Vaccination Hyderabad 1872-1889 - 1872-1889
Year: 1872
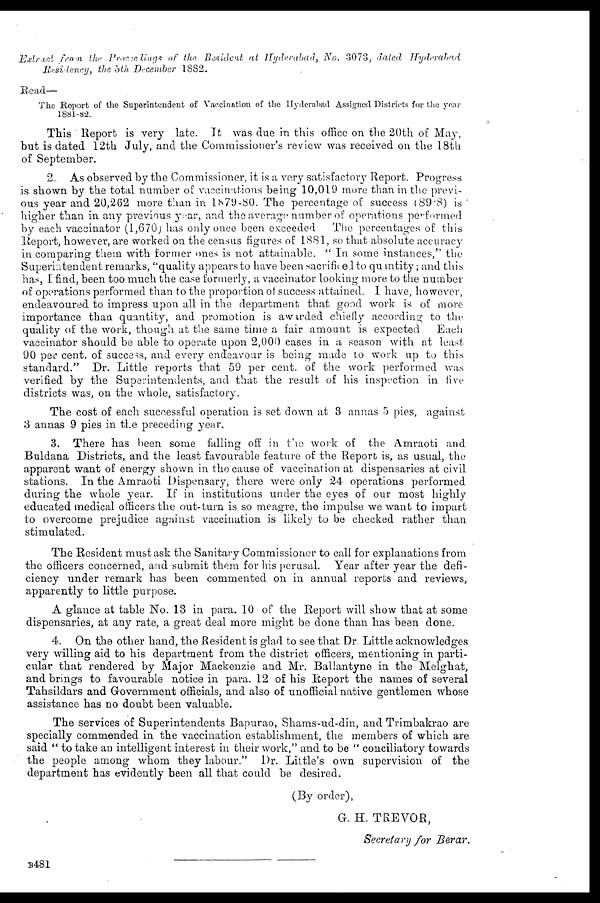
Exract
from the Proccedings of the Resident at Hyderabad,
No. 3073, dated
Hyderabad
Residency,
the 5th December 1882.
Read—
The Report of the Superintendent of Vaccination of the Hyderabad Assigned Districts for the year
1881-82.
This Report is very late. It was due in this office on the 20th of May,
but is dated 12th July, and the Commissioner's review was received on the 18th
of September.
2. As observed by the Commissioner, it is a very satisfactory Report. Progress
is shown by the total number of vaccinations being 10,019 more than in the previ-
ous year and 20,262 more than in 1879-80. The percentage of success (89.8) is
higher than in any previous year, and the average number of operations performed
by each vaccinator (1,670 )has only once been exceeded. The percentages of this
Report, however, are worked on the census figures of 1881, so that absolute accuracy
in comparing them with former ones is not attainable. " In some instances," the
Superintendent remarks, "quality appears to have been sacrificed to quantity; and this
has, I find, been too much the case formerly, a vaccinator looking more to the number
of operations performed than to the proportion of success attained. I have, however,
endeavoured to impress upon all in the department that good work is of more
importance than quantity, and promotion is awarded chiefly according to the
quality of the work, though at the same time a fair amount is expected
Each
vaccinator should be able to operate upon 2,000 cases in a season with at least
90 per cent. of success, and every endeavour is being made to work up to this
standard." Dr. Little reports that 59 per cent. of the work performed was
verified by the Superintendents, and that the result of his inspection in five
districts was, on the whole, satisfactory.
The cost of each successful operation is set down at 3 annas 5 pies, against
3 annas 9 pies in the preceding year.
3. There has been some falling off in the work of the Amraoti and
Buldana Districts, and the least favourable feature of the Report is, as usual, the
apparent want of energy shown in the cause of vaccination at dispensaries at civil
stations. In the Amraoti Dispensary, there were only 24 operations performed
during the whole year. If in institutions under the eyes of our most highly
educated medical officers the out-turn is so meagre, the impulse we want to impart
to overcome prejudice against vaccination is likely to be checked rather than
stimulated.
The Resident must ask the Sanitary Commissioner to call for explanations from
the officers concerned, and submit them for his perusal. Year after year the defi-
ciency under remark has been commented on in annual reports and reviews,
apparently to little purpose.
A glance at table No. 13 in para. 10 of the Report will show that at some
dispensaries, at any rate, a great deal more might be done than has been done.
4. On the other hand, the Resident is glad to see that Dr. Little acknowledges
very willing aid to his department from the district officers, mentioning in parti-
cular that rendered by Major Mackenzie and Mr. Ballantyne in the Melghat,
and brings to favourable notice in para. 12 of his Report the names of several
Tahsildars and Government officials, and also of unofficial native gentlemen whose
assistance has no doubt been valuable.
The services of Superintendents Bapurao, Shams-ud-din, and Trimbakrao are
specially commended in the vaccination establishment, the members of which are
said " to take an intelligent interest in their work," and to be " conciliatory towards
the people among whom they labour." Dr. Little's own supervision of the
department has evidently been all that could be desired.
(By order),
G. H. TREVOR,
Secretary for Berar.
B481